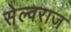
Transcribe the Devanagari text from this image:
सेल्वराज